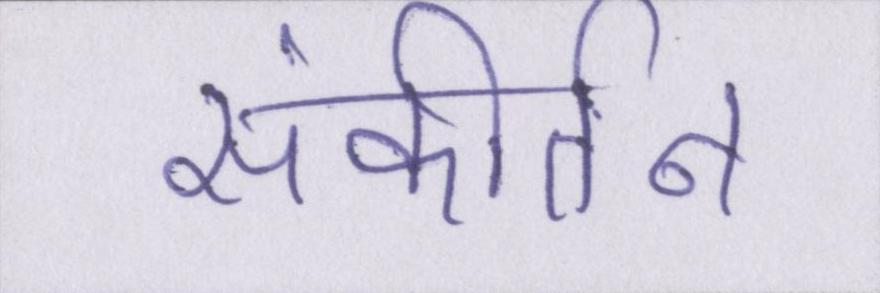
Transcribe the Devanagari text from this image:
संकीर्तन